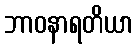
ဘာဝနာရတိယာ